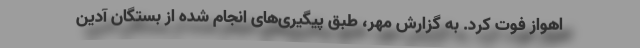
اهواز فوت کرد. به گزارش مهر، طبق پیگیری‌های انجام شده از بستگان آدین